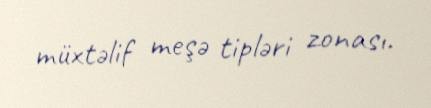
müxtəlif meşə tipləri zonası.